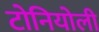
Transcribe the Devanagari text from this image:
टोनियोली